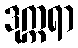
ဒုက္ကရာ